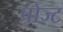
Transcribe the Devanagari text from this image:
प्रोज्ट